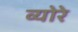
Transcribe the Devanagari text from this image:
व्योरे